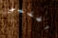
اطلبي